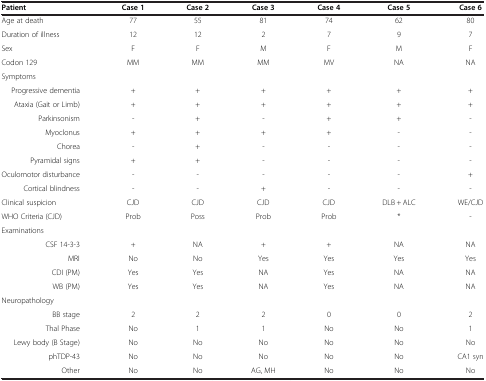
<table><thead><tr><td><b>Patient</b></td><td><b>Case 1</b></td><td><b>Case 2</b></td><td><b>Case 3</b></td><td><b>Case 4</b></td><td><b>Case 5</b></td><td><b>Case 6</b></td></tr></thead><tbody><tr><td>Age at death</td><td>77</td><td>55</td><td>81</td><td>74</td><td>62</td><td>80</td></tr><tr><td>Duration of illness</td><td>12</td><td>12</td><td>2</td><td>7</td><td>9</td><td>7</td></tr><tr><td>Sex</td><td>F</td><td>F</td><td>M</td><td>F</td><td>M</td><td>F</td></tr><tr><td>Codon 129</td><td>MM</td><td>MM</td><td>MM</td><td>MV</td><td>NA</td><td>NA</td></tr><tr><td>Symptoms</td><td> </td><td> </td><td> </td><td> </td><td> </td><td> </td></tr><tr><td>Progressive dementia</td><td>+</td><td>+</td><td>+</td><td>+</td><td>+</td><td>+</td></tr><tr><td>Ataxia (Gait or Limb)</td><td>+</td><td>+</td><td>+</td><td>+</td><td>+</td><td>+</td></tr><tr><td>Parkinsonism</td><td>-</td><td>+</td><td>-</td><td>+</td><td>+</td><td>-</td></tr><tr><td>Myoclonus</td><td>+</td><td>+</td><td>+</td><td>+</td><td>-</td><td>-</td></tr><tr><td>Chorea</td><td>-</td><td>+</td><td>-</td><td>-</td><td>-</td><td>-</td></tr><tr><td>Pyramidal signs</td><td>+</td><td>+</td><td>-</td><td>-</td><td>-</td><td>-</td></tr><tr><td>Oculomotor disturbance</td><td>-</td><td>-</td><td>-</td><td>-</td><td>-</td><td>+</td></tr><tr><td>Cortical blindness</td><td>-</td><td>-</td><td>+</td><td>-</td><td>-</td><td>-</td></tr><tr><td>Clinical suspicion</td><td>CJD</td><td>CJD</td><td>CJD</td><td>CJD</td><td>DLB + ALC</td><td>WE/CJD</td></tr><tr><td>WHO Criteria (CJD)</td><td>Prob</td><td>Poss</td><td>Prob</td><td>Prob</td><td>*</td><td>-</td></tr><tr><td>Examinations</td><td> </td><td> </td><td> </td><td> </td><td> </td><td> </td></tr><tr><td>CSF 14-3-3</td><td>+</td><td>NA</td><td>+</td><td>+</td><td>NA</td><td>NA</td></tr><tr><td>MRI</td><td>No</td><td>No</td><td>Yes</td><td>Yes</td><td>Yes</td><td>Yes</td></tr><tr><td>CDI (PM)</td><td>Yes</td><td>Yes</td><td>NA</td><td>Yes</td><td>NA</td><td>NA</td></tr><tr><td>WB (PM)</td><td>Yes</td><td>Yes</td><td>NA</td><td>Yes</td><td>NA</td><td>NA</td></tr><tr><td>Neuropathology</td><td> </td><td> </td><td> </td><td> </td><td> </td><td> </td></tr><tr><td>BB stage</td><td>2</td><td>2</td><td>2</td><td>0</td><td>0</td><td>2</td></tr><tr><td>Thal Phase</td><td>No</td><td>1</td><td>1</td><td>No</td><td>No</td><td>1</td></tr><tr><td>Lewy body (B Stage)</td><td>No</td><td>No</td><td>No</td><td>No</td><td>No</td><td>No</td></tr><tr><td>phTDP-43</td><td>No</td><td>No</td><td>No</td><td>No</td><td>No</td><td>CA1 syn</td></tr><tr><td>Other</td><td>No</td><td>No</td><td>AG, MH</td><td>No</td><td>No</td><td>No</td></tr></tbody></table>